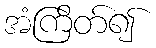
အံကြိတ်၍